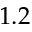
1 . 2